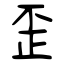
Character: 歪